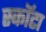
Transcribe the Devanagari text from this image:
स्कॉटा